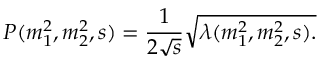
P ( m _ { 1 } ^ { 2 } , m _ { 2 } ^ { 2 } , s ) = \frac { 1 } { 2 \sqrt { s } } \sqrt { \lambda ( m _ { 1 } ^ { 2 } , m _ { 2 } ^ { 2 } , s ) . }